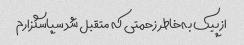
از پیک به‌خاطر زحمتی که متقبل شد سپاسگزارم